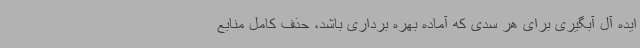
ایده آل آبگیری برای هر سدی که آماده بهره برداری باشد، حذف کامل منابع